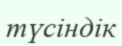
түсіндік